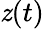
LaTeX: \mathit{z}(t)